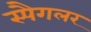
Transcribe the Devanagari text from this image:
स्पैगलर